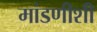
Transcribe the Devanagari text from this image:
मांडणीशी